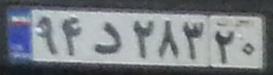
۹۴د۲۸۳۲۰